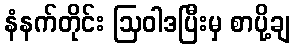
နံနက်တိုင်း ဩဝါဒပြီးမှ စာပို့ချ